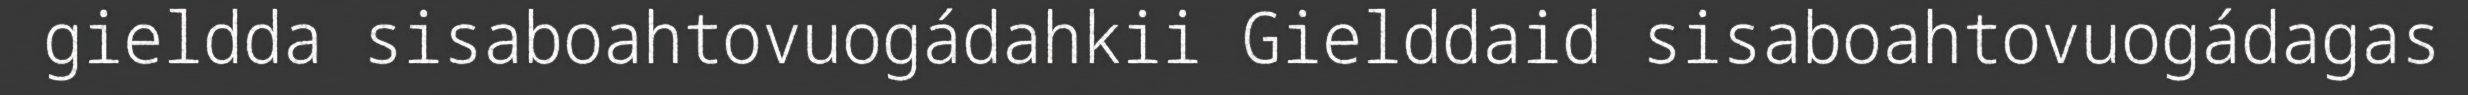
gieldda sisaboahtovuogádahkii Gielddaid sisaboahtovuogádagas